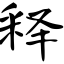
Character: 释